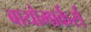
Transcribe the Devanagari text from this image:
बायोमार्कर्स